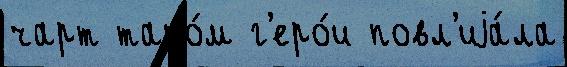
чарт тако́м г'еро́и повл'иjа́ла